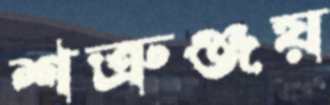
শত্রুঞ্জয়